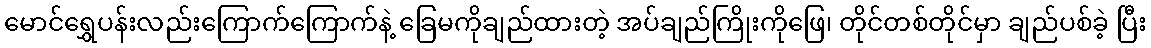
မောင်ရွှေပန်းလည်းကြောက်ကြောက်နဲ့ ခြေမကိုချည်ထားတဲ့ အပ်ချည်ကြိုးကိုဖြေ၊ တိုင်တစ်တိုင်မှာ ချည်ပစ်ခဲ့ ပြီး